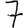
Digit: 7